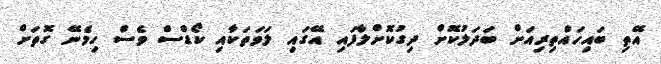
އޭތި ބައިހައްތިރިއަށް ބަދަލުކޮށް ދިގުކޮށްލާފައި އޭގައި ލަވަތަކާއި ކޯޑްސް ވެސް ހިމެނޭ ގޮތަށް